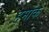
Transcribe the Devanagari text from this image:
हमांक